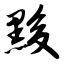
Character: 黢